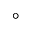
^ \circ